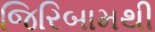
જિરિબામથી